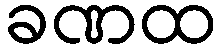
ခဏထ